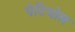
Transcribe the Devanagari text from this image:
पेटियोल